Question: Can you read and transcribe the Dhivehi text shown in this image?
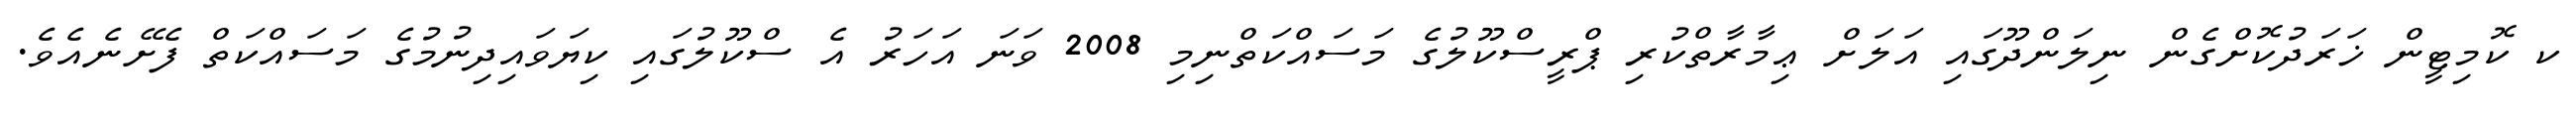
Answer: ކ ކޮމިޓީން ޚަރަދުކޮށްގެން ނިލަންދޫގައި އަލަށް ޢިމާރާތްކުރި ޕްރީސްކޫލުގެ މަސައްކަތްނިމި 2008 ވަނަ އަހަރު އެ ސްކޫލުގައި ކިޔަވައިދިނުމުގެ މަސައްކަތް ފެށޭނެއެވެ.